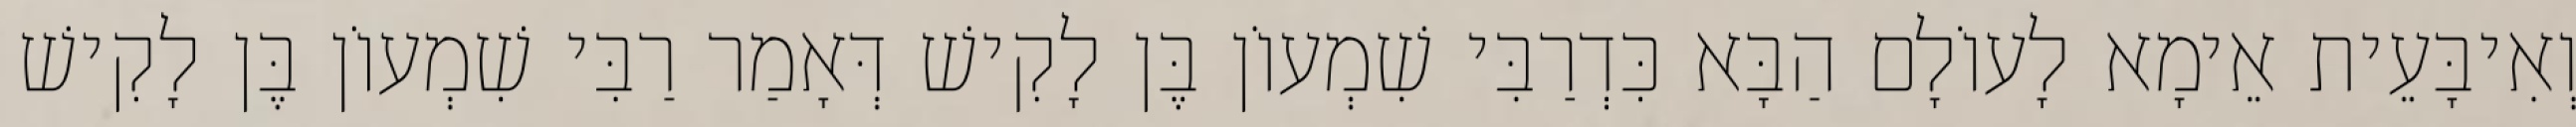
וְאִיבָּעֵית אֵימָא לָעוֹלָם הַבָּא כִּדְרַבִּי שִׁמְעוֹן בֶּן לָקִישׁ דְּאָמַר רַבִּי שִׁמְעוֹן בֶּן לָקִישׁ